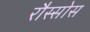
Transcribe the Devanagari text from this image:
रौस्सोस